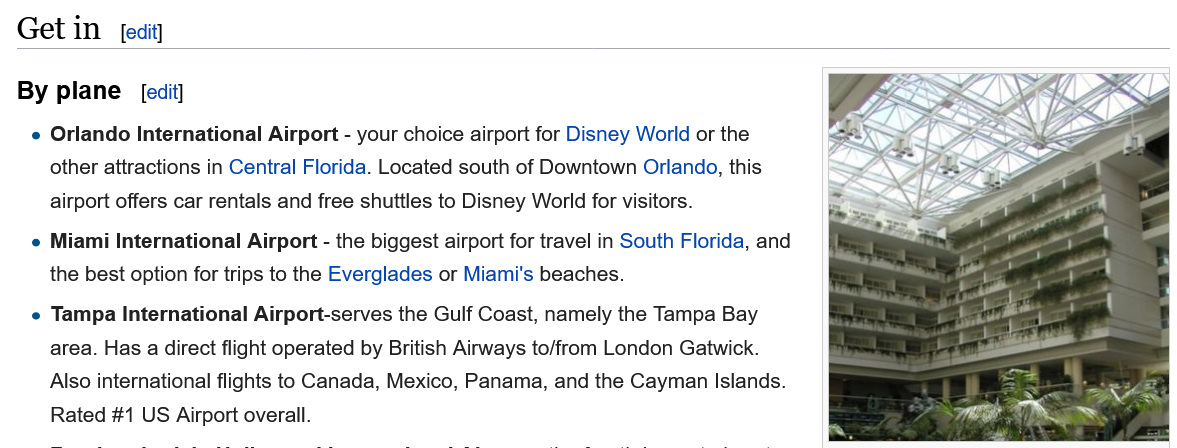
Get  in
  By  plane
   e Orlando International Airport -
     your choice airport for Disney World or the
     other attractions in Central Florida. Located south of Downtown Orlando, this
     airport offers car rentals and free shuttles to Disney World for visitors.
   e Miami International Airport -
     the biggest airport for travel in South Florida, and
     the best option for trips to the Everglades or Miami's beaches.
   e Tampa International Airport-serves the Gulf Coast, namely the Tampa Bay
     area. Has a direct flight operated by British Airways to/from London Gatwick.
     Also international flights to Canada, Mexico, Panama, and the Cayman Islands.
     Rated #1 US Airport overall.